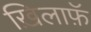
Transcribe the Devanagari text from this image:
ख़िलाफ़ॅ